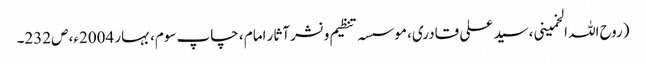
(روح اللہ الخمینی، سید علی قادری، موسسہ تنظیم و نشر آثار امام ، چاپ سوم، بہار 2004ء، ص232۔